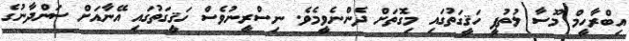
އިބްރާހީމް މޫސާ ލުތުފީ ހަޤީގަތުގައި މިގޮތަށް ދެންނެވީމެވެ. ނިސްރީނުވެސް ހަޤީގަތުގައި އޭނާއަށް ސަންދާނުގެ